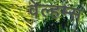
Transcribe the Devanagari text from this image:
वेल्हम्स